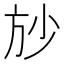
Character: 𱡱